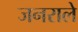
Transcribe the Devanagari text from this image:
जनराले